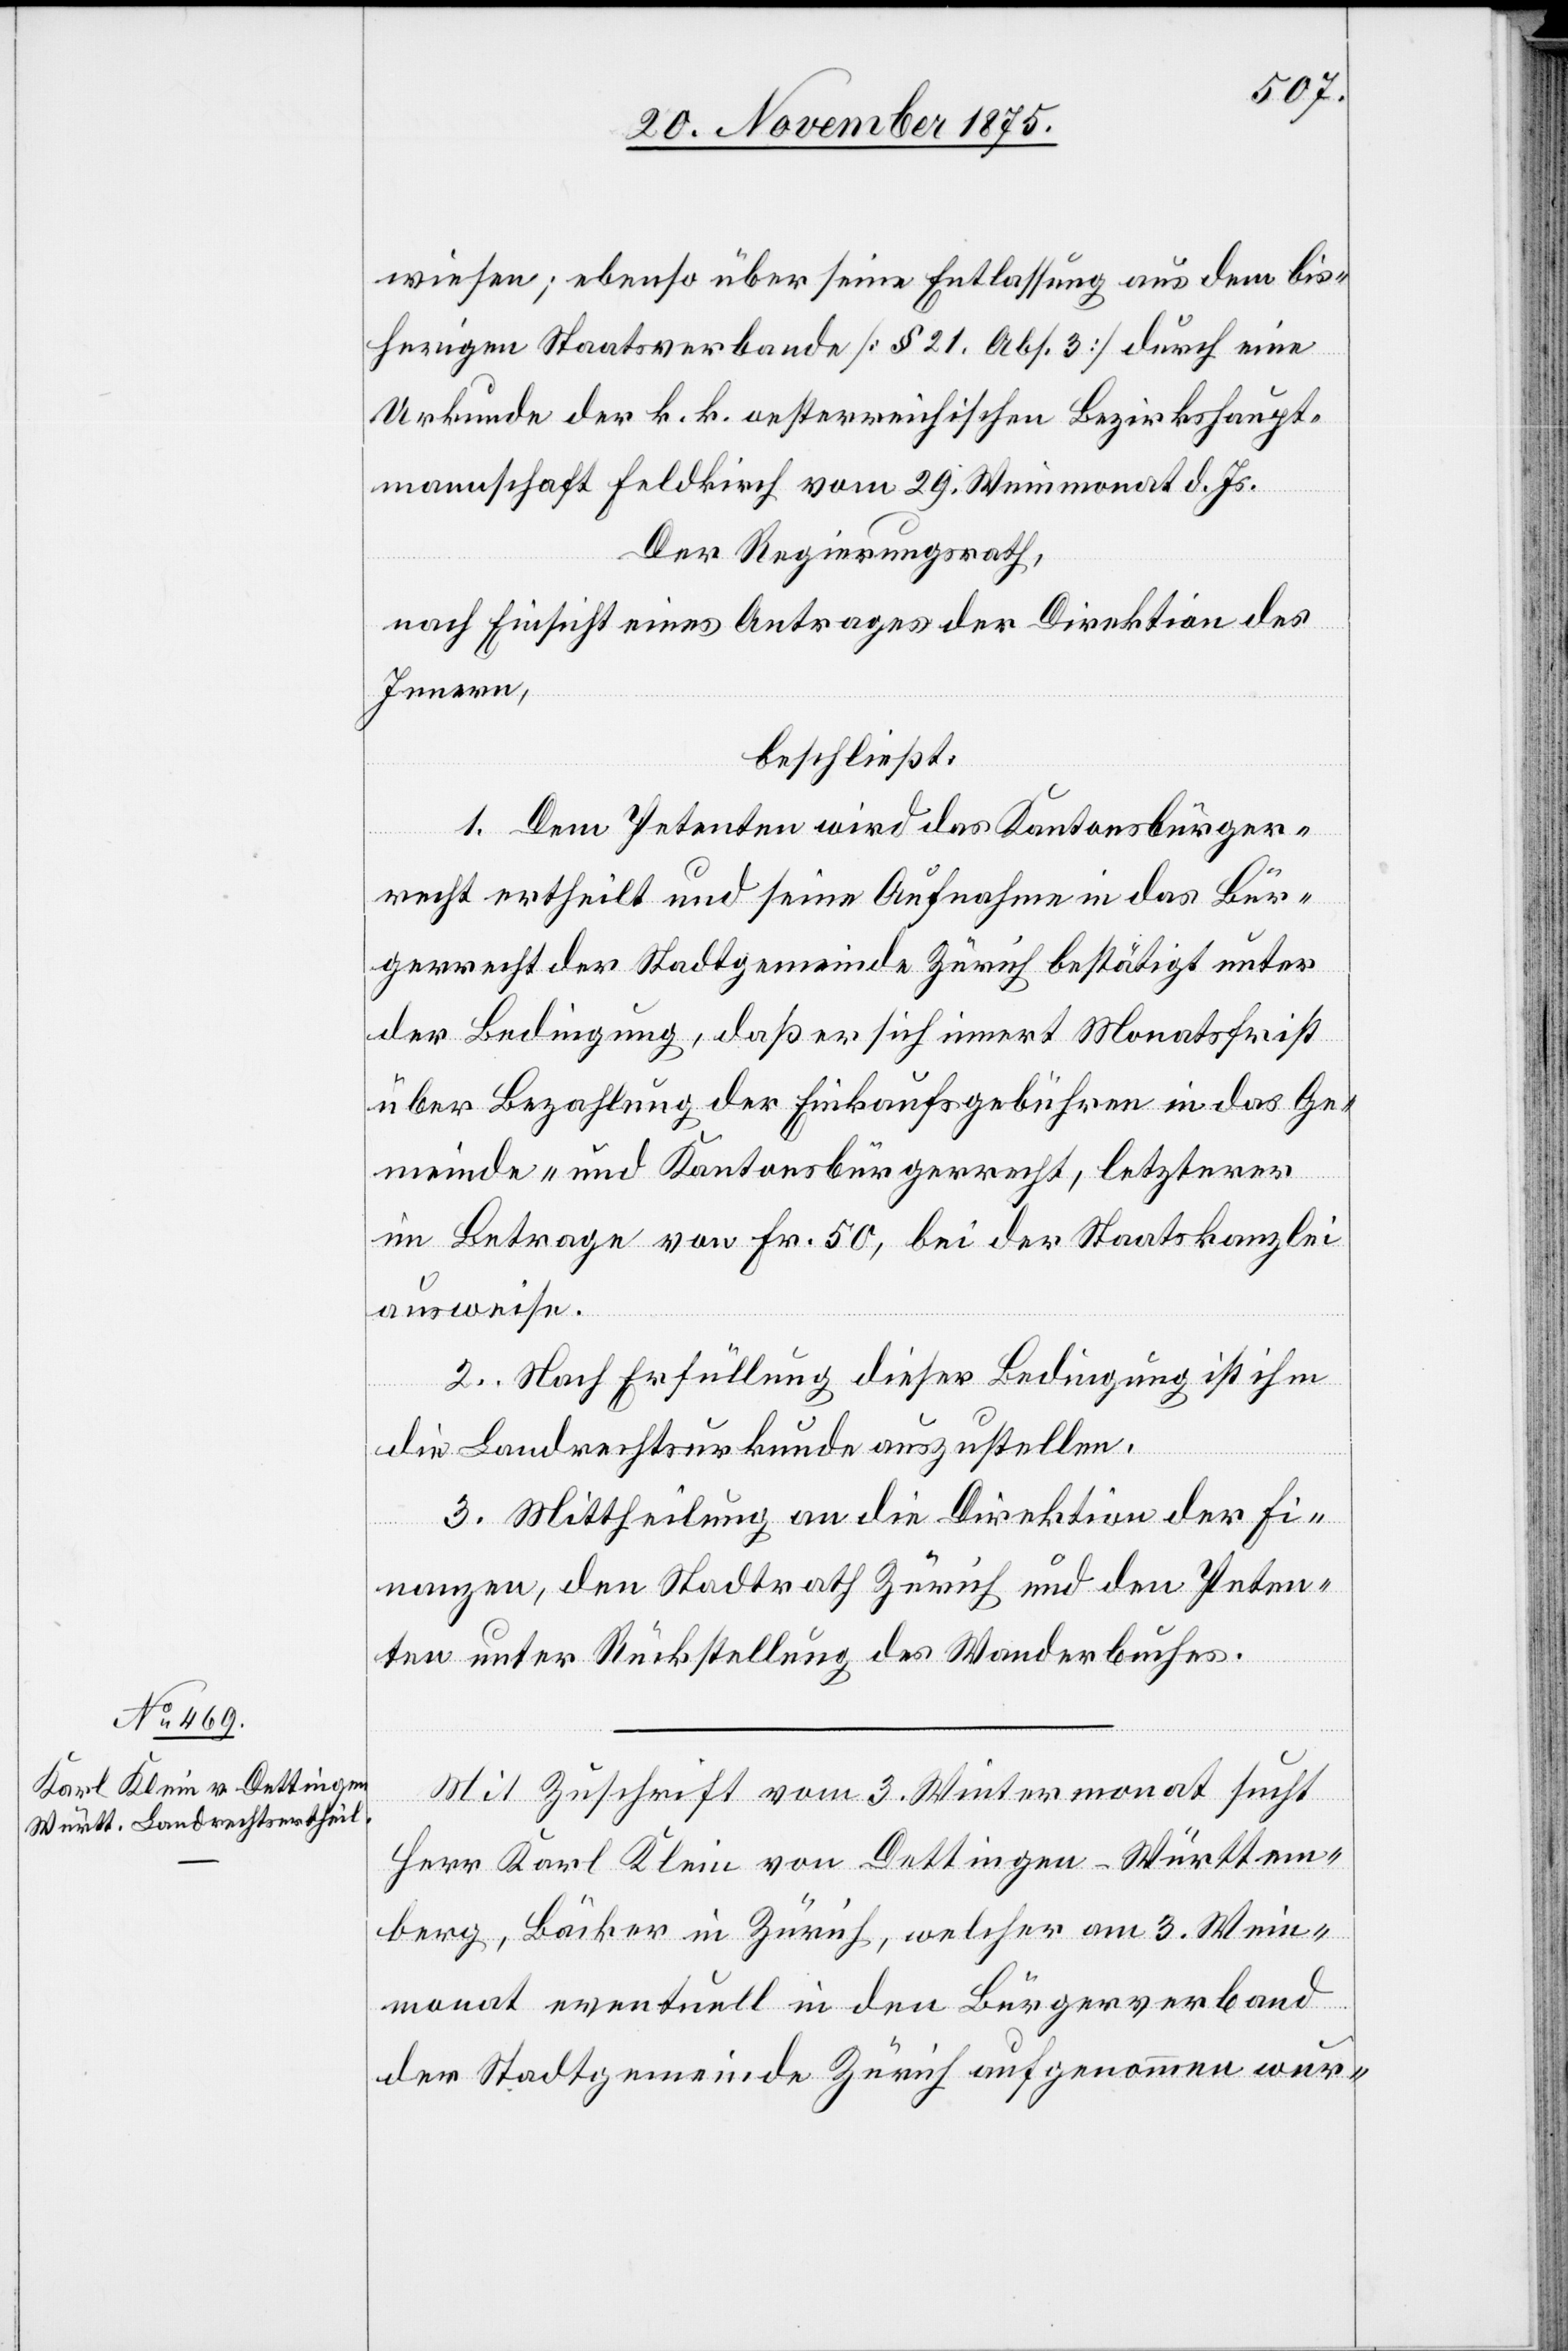
Mit Zuschrift vom 3. Wintermonat sucht
Herr Karl Klein von Dettingen - Württem¬
berg, Bäcker in Zürich, welcher am 3. Wein¬
monat eventuell in den Bürgerverband
der Stadtgemeinde Zürich aufgenommen wur-